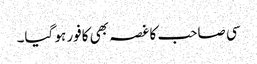
سی صاحب کا غصہ بھی کافور ہو گیا۔